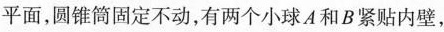
平面，圆锥筒固定不动，有两个小球A和B紧贴内壁，